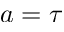
a = \tau